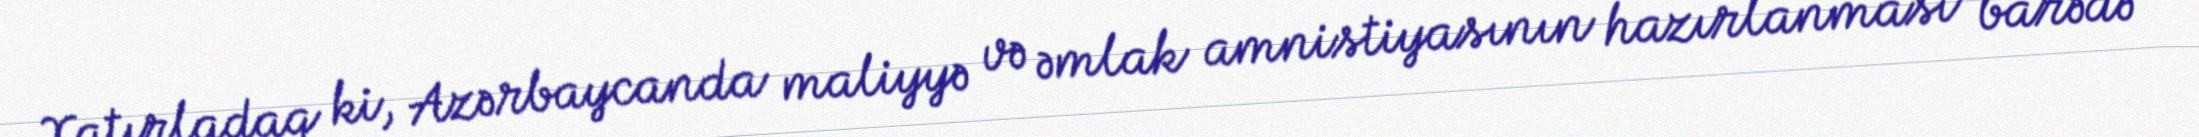
Xatırladaq ki, Azərbaycanda maliyyə və əmlak amnistiyasının hazırlanması barədə